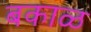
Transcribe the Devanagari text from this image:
बकाळ